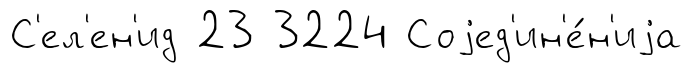
С'ел'ен'ид 23 3224 Соjед'ин'е́н'иjа